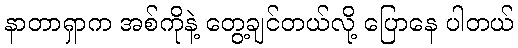
နာတာရှာက အစ်ကိုနဲ့ တွေ့ချင်တယ်လို့ ပြောနေ ပါတယ်